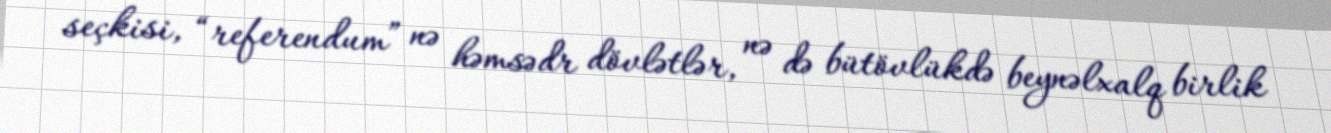
seçkisi, “referendum” nə həmsədr dövlətlər, nə də bütövlükdə beynəlxalq birlik